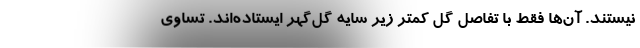
نیستند. آن‌ها فقط با تفاصل گل کمتر زیر سایه گل‌گهر ایستاده‌اند. تساوی